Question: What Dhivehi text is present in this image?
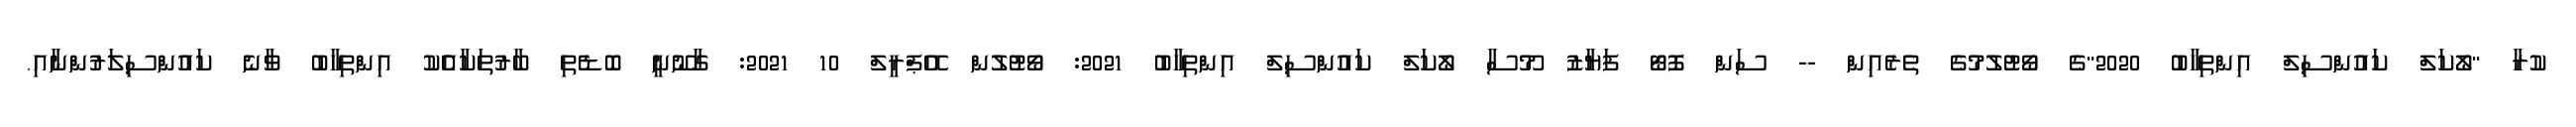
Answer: ކުރާ "ލޯކަލް ކައުންސިލް އިންތިހާބު 2020"ގެ ވޯޓުލުމުގެ ތެރެއިން -- ސަން ފޮޓޯ ފަޔާޒު މޫސާ ލޯކަލް ކައުންސިލް އިންތިހާބު 2021: ވޯޓުލުން އޭޕްރީލް 10 2021: ގާނޫނީ ބޮޑެތި ބާރުތަކާއެެކު އިންތިހާބު ވާނެ ކައުންސިލަރުންނާއި.